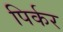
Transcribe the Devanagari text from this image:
पिर्कर